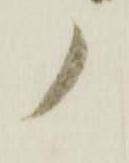
ノ